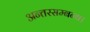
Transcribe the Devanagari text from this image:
अन्तरसम्बन्ध।